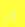
أنه